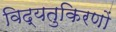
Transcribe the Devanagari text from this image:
विद्यतुकिरणों